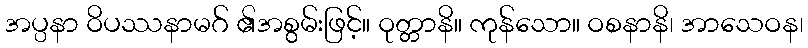
အပ္ပနာ ဝိပဿနာမဂ် ၏အစွမ်းဖြင့်။ ဝုတ္တာနိ။ ကုန်သော။ ဝစနာနိ၊ အာသေဝန၊